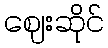
ဈေးဆိုင်